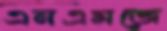
এনএমজে